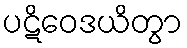
ပဋိဝေဒယိတွာ